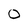
Character: 0